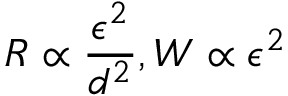
R \propto \frac { \epsilon ^ { 2 } } { d ^ { 2 } } , W \propto \epsilon ^ { 2 }